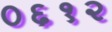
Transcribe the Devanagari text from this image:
०६१२